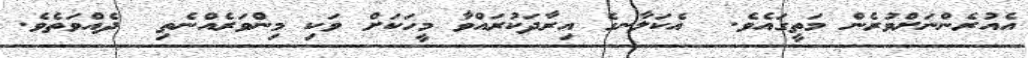
އެއުރެންނަށްވުރެން މަތީގައެވެ.  އެކަލާނގެ އިރާދަކުރައްވާ މީހަކަށް ވަކި މިންވަރެއްނެތި  ދެއްވަތެވެ.